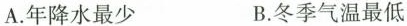
A.年降水最少 B.冬季气温最低